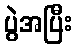
ပွဲအပြီး